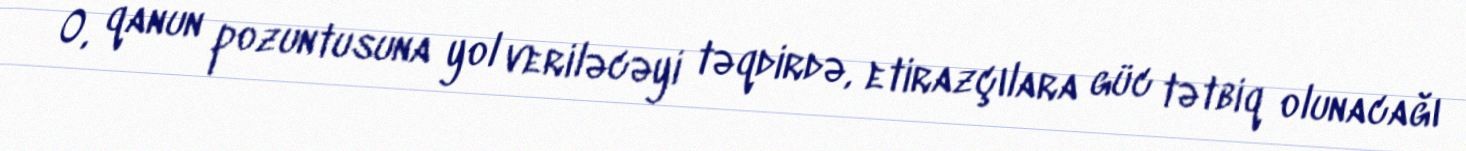
O, qanun pozuntusuna yol veriləcəyi təqdirdə, etirazçılara güc tətbiq olunacağı